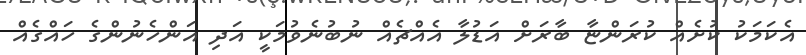
އެކަމަކު ކުށެއް ކުރަންޏާ ބާރަށް އަޑުލާ އެއްޗެއް ނުބުނެވުމަކީ އަދި އަންހެނުންގެ ހައްގެއް